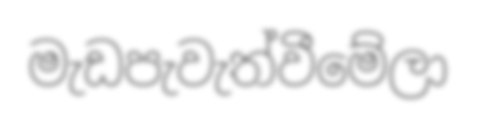
මැඩපැවැත්වීමේලා